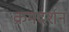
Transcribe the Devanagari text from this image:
क्रमदर्शन